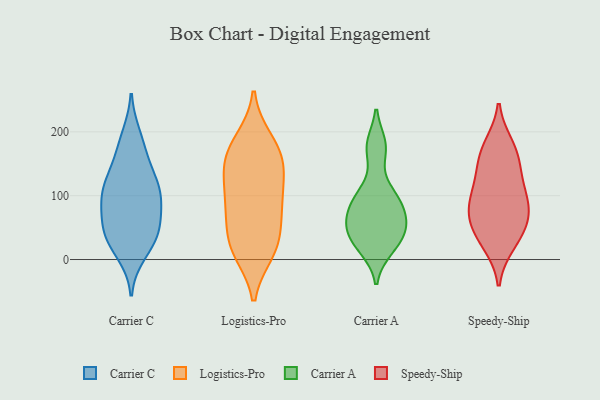
{"axis": {"x": "Tickets Resolved", "y": "Value"}, "legend": ["Carrier A", "Carrier C", "Logistics-Pro", "Speedy-Ship"], "data": [{"x": "", "y": 92, "type": "Carrier C"}, {"x": "", "y": 115, "type": "Carrier C"}, {"x": "", "y": 154, "type": "Carrier C"}, {"x": "", "y": 29, "type": "Carrier C"}, {"x": "", "y": 129, "type": "Carrier C"}, {"x": "", "y": 96, "type": "Carrier C"}, {"x": "", "y": 112, "type": "Carrier C"}, {"x": "", "y": 58, "type": "Carrier C"}, {"x": "", "y": 43, "type": "Carrier C"}, {"x": "", "y": 43, "type": "Carrier C"}, {"x": "", "y": 72, "type": "Carrier C"}, {"x": "", "y": 32, "type": "Carrier C"}, {"x": "", "y": 106, "type": "Carrier C"}, {"x": "", "y": 193, "type": "Carrier C"}, {"x": "", "y": 10, "type": "Carrier C"}, {"x": "", "y": 178, "type": "Carrier C"}, {"x": "", "y": 95, "type": "Logistics-Pro"}, {"x": "", "y": 30, "type": "Logistics-Pro"}, {"x": "", "y": 95, "type": "Logistics-Pro"}, {"x": "", "y": 186, "type": "Logistics-Pro"}, {"x": "", "y": 18, "type": "Logistics-Pro"}, {"x": "", "y": 152, "type": "Logistics-Pro"}, {"x": "", "y": 22, "type": "Logistics-Pro"}, {"x": "", "y": 178, "type": "Logistics-Pro"}, {"x": "", "y": 136, "type": "Logistics-Pro"}, {"x": "", "y": 75, "type": "Logistics-Pro"}, {"x": "", "y": 75, "type": "Logistics-Pro"}, {"x": "", "y": 13, "type": "Logistics-Pro"}, {"x": "", "y": 162, "type": "Logistics-Pro"}, {"x": "", "y": 139, "type": "Logistics-Pro"}, {"x": "", "y": 23, "type": "Carrier A"}, {"x": "", "y": 179, "type": "Carrier A"}, {"x": "", "y": 54, "type": "Carrier A"}, {"x": "", "y": 79, "type": "Carrier A"}, {"x": "", "y": 106, "type": "Carrier A"}, {"x": "", "y": 17, "type": "Carrier A"}, {"x": "", "y": 51, "type": "Carrier A"}, {"x": "", "y": 97, "type": "Carrier A"}, {"x": "", "y": 86, "type": "Carrier A"}, {"x": "", "y": 174, "type": "Carrier A"}, {"x": "", "y": 56, "type": "Carrier A"}, {"x": "", "y": 36, "type": "Carrier A"}, {"x": "", "y": 75, "type": "Speedy-Ship"}, {"x": "", "y": 50, "type": "Speedy-Ship"}, {"x": "", "y": 115, "type": "Speedy-Ship"}, {"x": "", "y": 29, "type": "Speedy-Ship"}, {"x": "", "y": 149, "type": "Speedy-Ship"}, {"x": "", "y": 153, "type": "Speedy-Ship"}, {"x": "", "y": 85, "type": "Speedy-Ship"}, {"x": "", "y": 24, "type": "Speedy-Ship"}, {"x": "", "y": 179, "type": "Speedy-Ship"}, {"x": "", "y": 74, "type": "Speedy-Ship"}, {"x": "", "y": 52, "type": "Speedy-Ship"}, {"x": "", "y": 91, "type": "Speedy-Ship"}, {"x": "", "y": 175, "type": "Speedy-Ship"}, {"x": "", "y": 115, "type": "Speedy-Ship"}]}